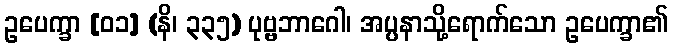
ဥပေက္ခာ [၀၁] (နိ၊ ၃၃၅) ပုဗ္ဗဘာဂေါ၊ အပ္ပနာသို့ရောက်သော ဥပေက္ခာ၏